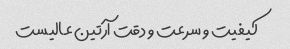
کیفیت و سرعت و دقت آرتین عالیست